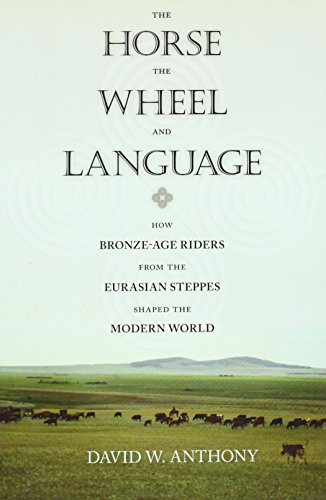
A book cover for The Horse, the Wheel, and Language: How Bronze-Age Riders from the Eurasian Steppes Shaped the Modern World; David W. Anthony; Science & Math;